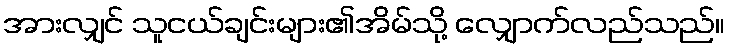
အားလျှင် သူငယ်ချင်းများ၏အိမ်သို့ လျှောက်လည်သည်။